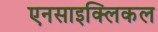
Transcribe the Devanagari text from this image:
एनसाइक्लिकल